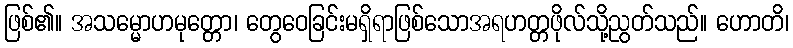
ဖြစ်၏။ အသမ္မောဟမုတ္တော၊ တွေဝေခြင်းမရှိရာဖြစ်သောအရဟတ္တဖိုလ်သို့ညွတ်သည်။ ဟောတိ၊